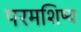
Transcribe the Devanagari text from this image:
परमशिष्य